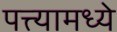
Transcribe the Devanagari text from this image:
पत्त्यामध्ये